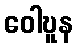
ဝေါဎူန